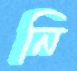
নি